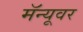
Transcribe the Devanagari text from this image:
मॅन्यूवर